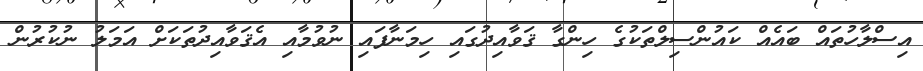
އިސްލާހުތައް ބައެއް ކައުންސިލްތަކުގެ ހިންގާ ޤަވާއިދުގައި ހިމަނާފައި ނުވުމާއި އެޤަވާއިދުތަކަށް އަމަލު ނުކުރުން